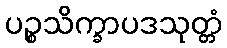
ပဉ္စသိက္ခာပဒသုတ္တံ